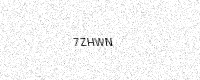
Text: 7ZHWN